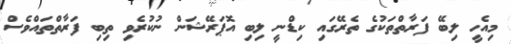
މިއެހީ ލިބޭ ފަރާތްތަކުގެ ތެރޭގައި ކިޑްނީ ލިބި އޮޕަރޭޝަން ނުކުރެވި ތިބި ފަރާތްތައްވެސް